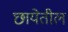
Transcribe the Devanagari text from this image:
छायेतील